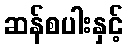
ဆန်စပါးနှင့်